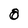
Character: O